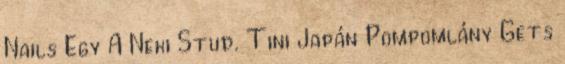
Nails Egy A Neki Stud. Tini Japán Pompomlány Gets